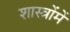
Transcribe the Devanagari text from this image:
शास्‍त्रोंमें